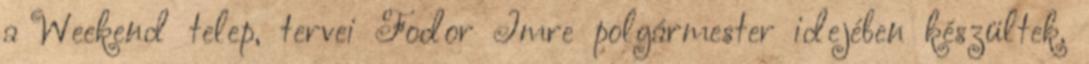
a Weekend telep, tervei Fodor Imre polgármester idejében készültek.